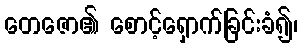
တေဇော၏ စောင့်ရှောက်ခြင်းခံ၍၊